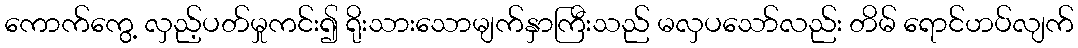
ကောက်ကွေ့ လှည့်ပတ်မှုကင်း၍ ရိုးသားသောမျက်နှာကြီးသည် မလှပသော်လည်း တိမ် ရောင်ဟပ်လျက်